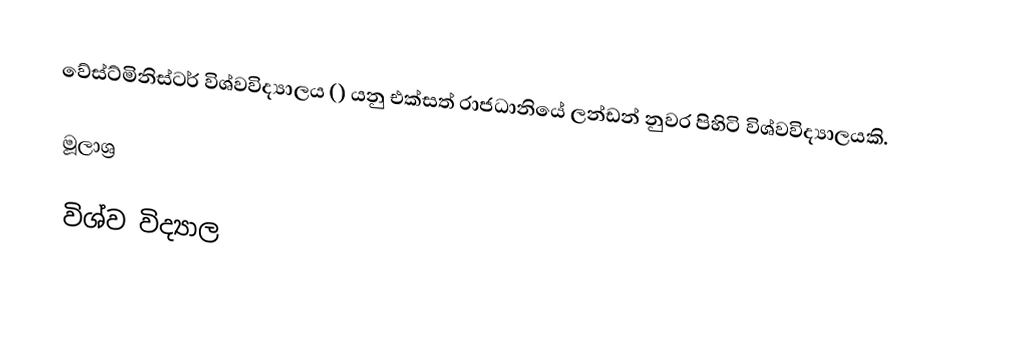
වේස්ට්මිනිස්ටර් විශ්වවිද්‍යාලය () යනු එක්සත් රාජධානියේ ලන්ඩන් නුවර පිහිටි විශ්වවිද්‍යාලයකි.

මූලාශ්‍ර

විශ්ව විද්‍යාල